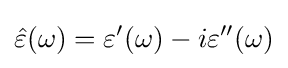
{\hat {\varepsilon }}(\omega )=\varepsilon '(\omega )-i\varepsilon ''(\omega )